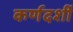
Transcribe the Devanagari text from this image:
कर्णदर्शी